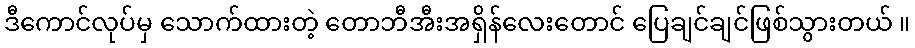
ဒီကောင်လုပ်မှ သောက်ထားတဲ့ တောဘီအီးအရှိန်လေးတောင် ပြေချင်ချင်ဖြစ်သွားတယ် ။